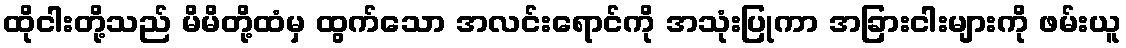
ထိုငါးတို့သည် မိမိတို့ထံမှ ထွက်သော အလင်းရောင်ကို အသုံးပြုကာ အခြားငါးများကို ဖမ်းယူ